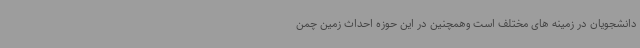
دانشجویان در زمینه های مختلف است وهمچنین در این حوزه احداث زمین چمن